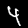
Label: 4